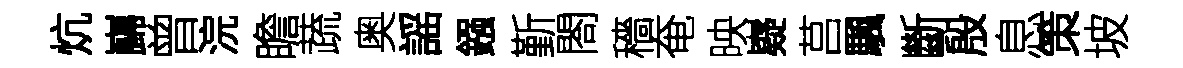
炕巋曾浣瞻蔬奥謡鏹斳閤穡奄映嶷莒颿斷殷息策坡